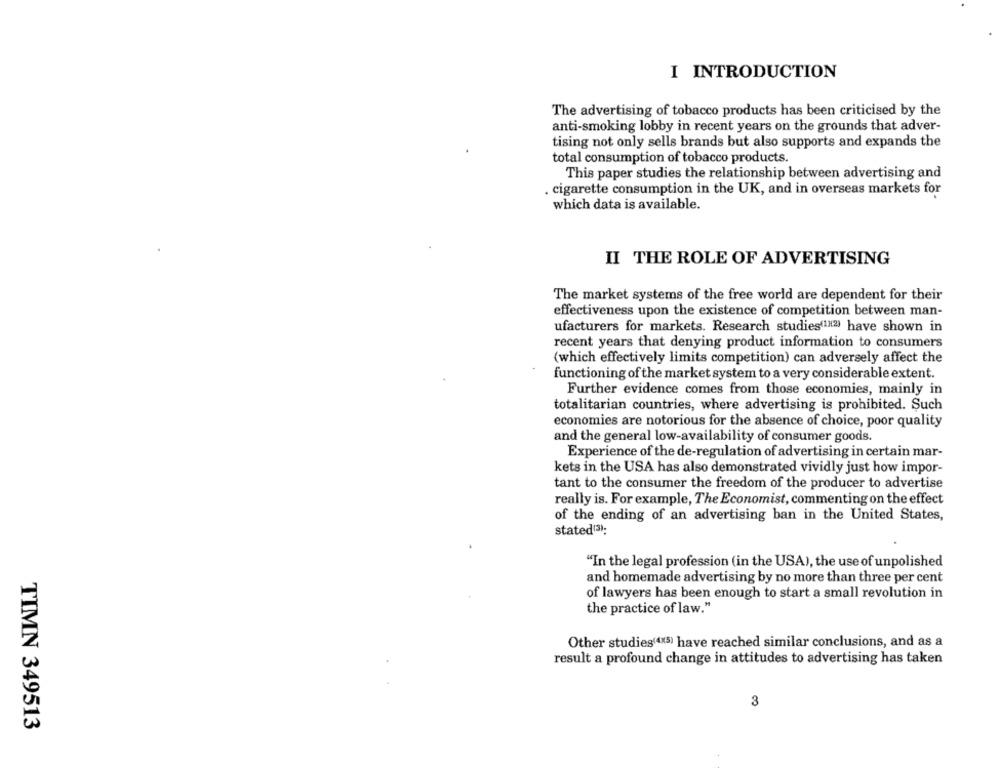
I INTRODUCTION
The advertising of tobacco products has been criticised by the
anti-smoking lobby in recent years on the grounds that adver-
tising not only sells brands but also supports and expands the
total consumption of tobacco products.
This paper studies the relationship between advertising and
. cigarette consumption in the UK, and in overseas markets for
which data is available.
II THE ROLE OF ADVERTISING
The market systems of the free world are dependent for their
effectiveness upon the existence of competition between man-
ufacturers for markets. Research studies(112) have shown in
recent years that denying product information to consumers
(which effectively limits competition) can adversely affect the
functioning of the market system to a very considerable extent.
Further evidence comes from those economies, mainly in
totalitarian countries, where advertising is prohibited. Such
economies are notorious for the absence of choice, poor quality
and the general low-availability of consumer goods.
Experience of the de-regulation of advertising in certain mar-
kets in the USA has also demonstrated vividly just how impor-
tant to the consumer the freedom of the producer to advertise
really is. For example, The Economist, commenting on the effect
of the ending of an advertising ban in the United States,
stated(3):
"In the legal profession (in the USA), the use of unpolished
and homemade advertising by no more than three per cent
of lawyers has been enough to start a small revolution in
the practice of law."
Other studies(4x5) have reached similar conclusions, and as a
result a profound change in attitudes to advertising has taken
3
TIMN 349513